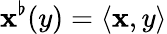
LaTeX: \mathbf{x}^{\flat}(y)=\langle\mathbf{x},y\rangle